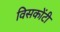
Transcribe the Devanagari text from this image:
विसकोंटी